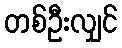
တစ်ဦးလျှင်